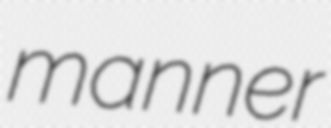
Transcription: manner